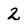
Character: 2